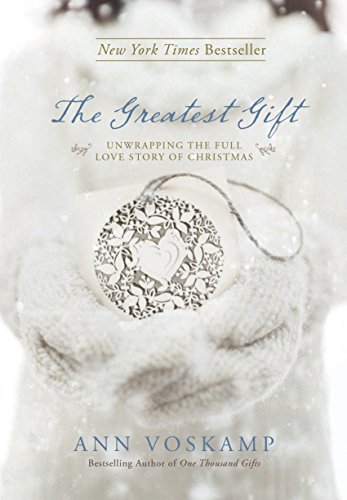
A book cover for The Greatest Gift: Unwrapping the Full Love Story of Christmas; Ann Voskamp; Christian Books & Bibles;